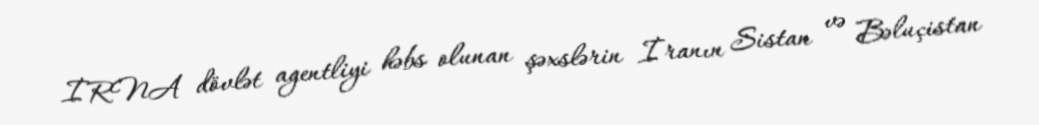
İRNA dövlət agentliyi həbs olunan şəxslərin İranın Sistan və Bəluçistan